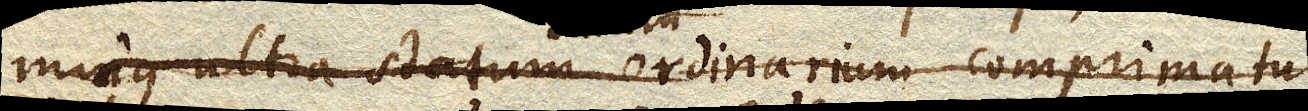
minus ultra statum ordinarium comprimatur